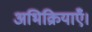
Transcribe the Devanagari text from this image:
अभिक्रियाएँ।